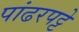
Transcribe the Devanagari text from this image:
पांढरपट्टे